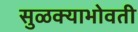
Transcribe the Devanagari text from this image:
सुळक्याभोवती